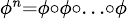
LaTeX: \scriptstyle\phi^{n}=\phi\circ\phi\circ\ldots\circ\phi